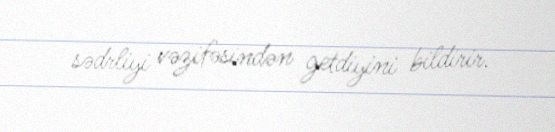
sədrliyi vəzifəsindən getdiyini bildirir.